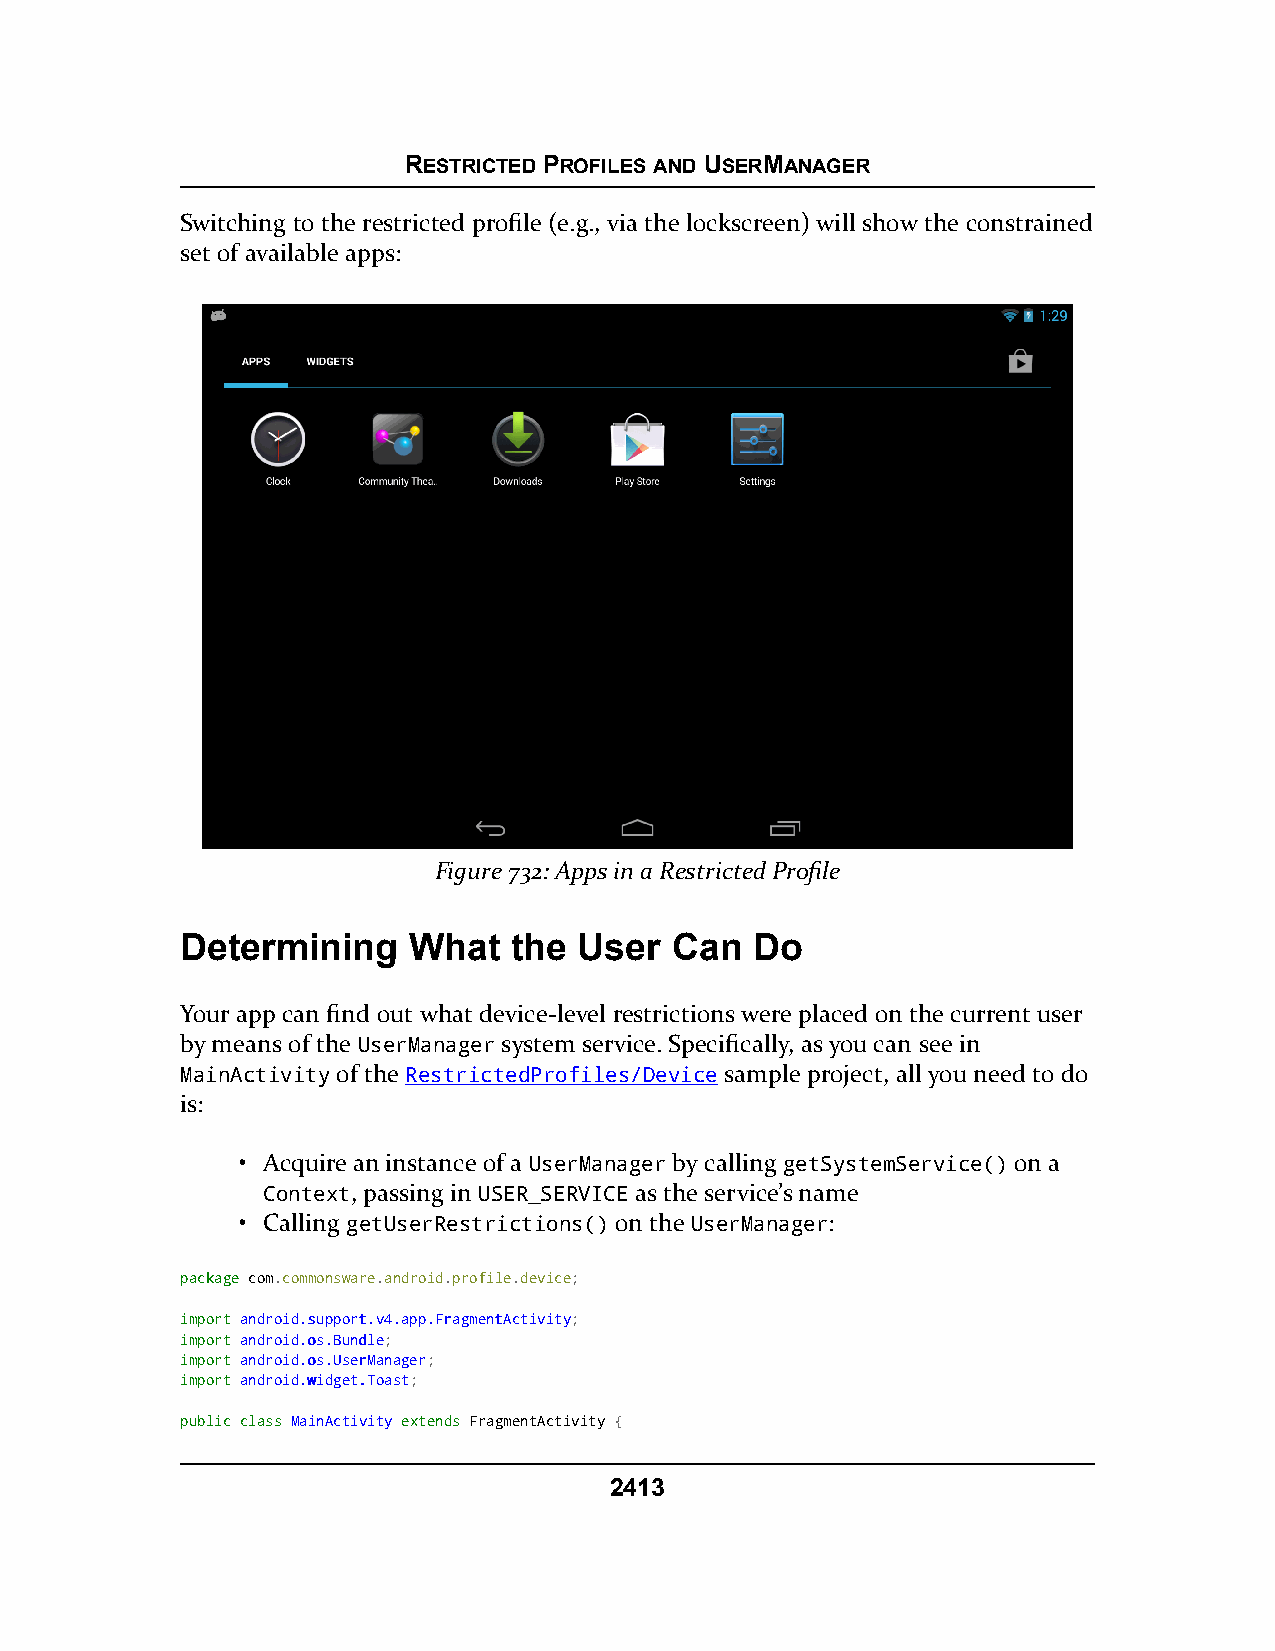
RESTRICTED PROFILES AND USERMANAGER
 Switching to the restricted profile (e.g., via the lockscreen) will show the constrained
 set of available apps:
 Figure 732: Apps in a Restricted Profile
 Determining    What   the User  Can   Do
 Your app can find out what device-level restrictions were placed on the current user
 by means of the UserManager system service. Specifically, as you can see in
 MainActivity of the RestrictedProfiles/Device sample project, all you need to do
 is:
 • Acquire an instance of a UserManager by calling getSystemService() on a
 Context, passing in USER_SERVICE as the service’s name
 • Calling getUserRestrictions() on the UserManager:
 ppaacckkaaggee com.commonsware.android.profile.device;
 iimmppoorrtt aannddrrooiidd..ssuuppppoorrtt..vv44..aapppp..FFrraaggmmeennttAAccttiivviittyy;
 iimmppoorrtt aannddrrooiidd..ooss..BBuunnddllee;
 iimmppoorrtt aannddrrooiidd..ooss..UUsseerrMMaannaaggeerr;
 iimmppoorrtt aannddrrooiidd..wwiiddggeett..TTooaasstt;
 ppuubblliicc ccllaassss MMaaiinnAAccttiivviittyy eexxtteennddss FragmentActivity {
 2413